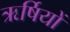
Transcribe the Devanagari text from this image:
ऋर्षियों